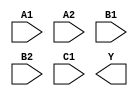
/**
 * Copyright 2020 The SkyWater PDK Authors
 *
 * Licensed under the Apache License, Version 2.0 (the "License");
 * you may not use this file except in compliance with the License.
 * You may obtain a copy of the License at
 *
 *     https://www.apache.org/licenses/LICENSE-2.0
 *
 * Unless required by applicable law or agreed to in writing, software
 * distributed under the License is distributed on an "AS IS" BASIS,
 * WITHOUT WARRANTIES OR CONDITIONS OF ANY KIND, either express or implied.
 * See the License for the specific language governing permissions and
 * limitations under the License.
 *
 * SPDX-License-Identifier: Apache-2.0
 */

`ifndef SKY130_FD_SC_HD__O221AI_SYMBOL_V
`define SKY130_FD_SC_HD__O221AI_SYMBOL_V

/**
 * o221ai: 2-input OR into first two inputs of 3-input NAND.
 *
 *         Y = !((A1 | A2) & (B1 | B2) & C1)
 *
 * Verilog stub (without power pins) for graphical symbol definition
 * generation.
 *
 * WARNING: This file is autogenerated, do not modify directly!
 */

`timescale 1ns / 1ps
`default_nettype none

(* blackbox *)
module sky130_fd_sc_hd__o221ai (
    //# {{data|Data Signals}}
    input  A1,
    input  A2,
    input  B1,
    input  B2,
    input  C1,
    output Y
);

    // Voltage supply signals
    supply1 VPWR;
    supply0 VGND;
    supply1 VPB ;
    supply0 VNB ;

endmodule

`default_nettype wire
`endif  // SKY130_FD_SC_HD__O221AI_SYMBOL_V